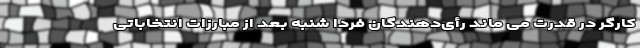
کارگر در قدرت می ماند رأی‌دهندگان فردا شنبه بعد از مبارزات انتخاباتی